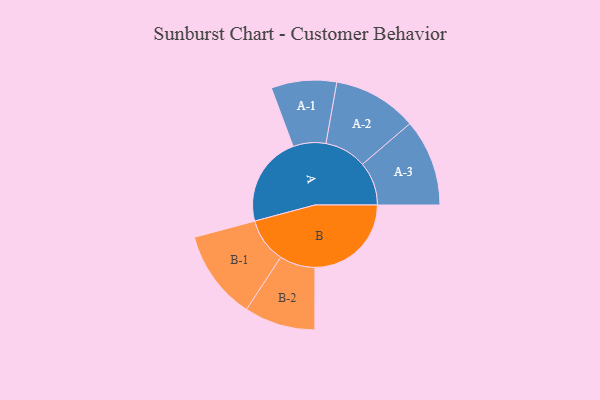
{"axis": {"x": "Segment", "y": "Value"}, "legend": ["", "A", "B"], "data": [{"x": "A", "y": 443, "type": ""}, {"x": "B", "y": 472, "type": ""}, {"x": "A-1", "y": 160, "type": "A"}, {"x": "A-2", "y": 206, "type": "A"}, {"x": "A-3", "y": 213, "type": "A"}, {"x": "B-1", "y": 219, "type": "B"}, {"x": "B-2", "y": 174, "type": "B"}]}